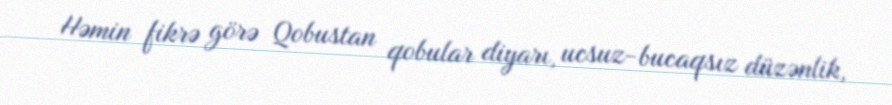
Həmin fikrə görə Qobustan qobular diyarı, ucsuz-bucaqsız düzənlik,